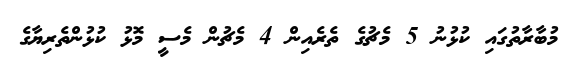
މުބާރާތުގައި ކުޅުނު 5 މެޗުގެ ތެރެއިން 4 މެޗުން މެސީ މޮޅު ކުޅުންތެރިޔާގެ